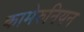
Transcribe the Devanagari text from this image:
कामेरुनियन